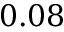
0 . 0 8